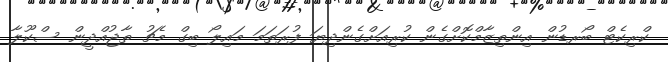
ކްރިކެޓް ބޯރޑުން އިންތިޒާމްކޮށްގެން ކުރިއަށްގެންދިޔަ ފުރަތަމަ މައިލޯ ބިގް މެޗު ތާޖުއްދީން ސްކޫލާ